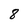
Character: 8